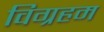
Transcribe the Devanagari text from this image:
विग्रहम